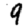
Digit: 9